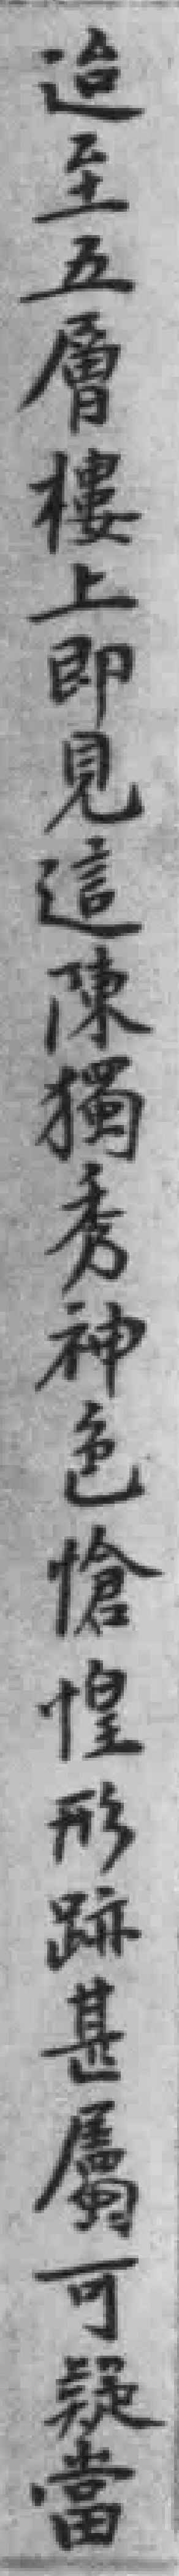
迨至五層樓上即見這陳獨秀神色槍惶形跡甚屬可疑當